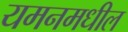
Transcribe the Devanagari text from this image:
यमनमधील